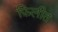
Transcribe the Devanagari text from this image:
फ़िलीत